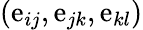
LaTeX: (\mathrm{e}_{ij},\mathrm{e}_{jk},\mathrm{e}_{kl})